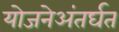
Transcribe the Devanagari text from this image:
योजनेअंतर्घत